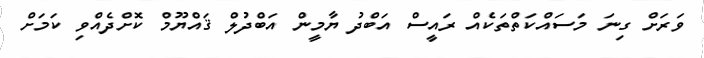
ވަރަށް ގިނަ މަސައްކަތްތަކެއް ރައީސް އަބްދު ޔާމީން އަބްދުލް ޤައްޔޫމް ކޮށްދެއްވި ކަމަށް